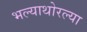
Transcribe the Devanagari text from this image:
भल्याथोरल्या